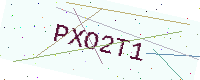
Text: PXO2T1